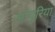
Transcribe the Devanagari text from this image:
आंचुरिया